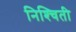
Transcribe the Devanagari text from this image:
निश्‍चिती